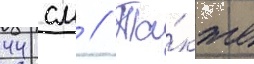
44 см // Та́кже